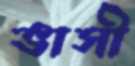
ভাসী